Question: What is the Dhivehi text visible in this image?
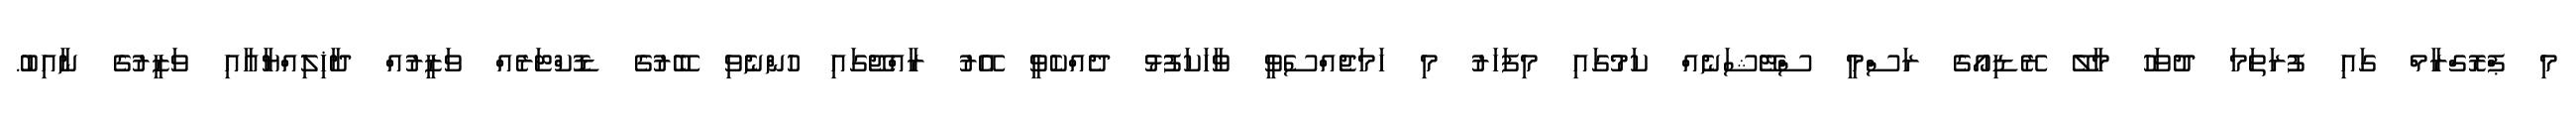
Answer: މި ޕްރޮގްރާމް ގައި ފުރަތަމަ ދުވަހު މާލޭ ރޭޑިއޯގެ ރަސްމީ ސްޓޭޝަނެއް ކަމުގައި މިފަހަރު މި ހަމަޖެއްސެވީ ވާހަކަފުޅު ދެއްކެވީ އޭރު ރާއްޖޭގައި ހުންނެވި ބޭރުގެ ޑޮކްޓަރެއް ވަޒީރުއް ދާޚިލިއްޔާއާއި ވަޒީރުގެ ނާއިބު.